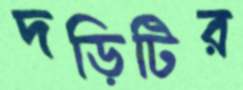
দড়িটির